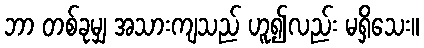
ဘာ တစ်ခုမျှ အသားကျသည် ဟူ၍လည်း မရှိသေး။